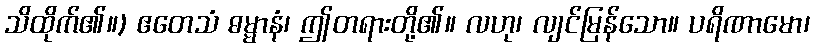
သိထိုက်၏။) ဧတေသံ ဓမ္မာနံ၊ ဤတရားတို့၏။ လဟု၊ လျင်မြန်သော။ ပရိဏာမော၊